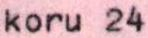
koru 24